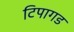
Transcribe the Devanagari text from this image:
टिपागड